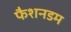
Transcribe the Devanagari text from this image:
फैशनडम